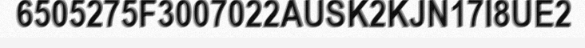
6505275F3007022AUSK2KJN17I8UE2